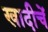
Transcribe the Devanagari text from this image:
खादीचें